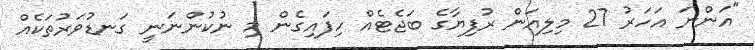
"އަންނަ އަހަރު 27 މިލިއަން ރުފިޔާގެ ބަޖެޓެއް ހިފައިގެން މި ނުކުންނަނީ ގަނޑުވަރުތަކެއް